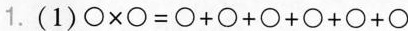
1.(1)$$\circ \times \circ = \circ + \circ + \circ + \circ + \circ + \circ$$